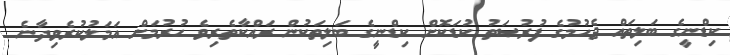
ކިޑްނީގެ ބަލިތައް ޖެހުމުގެ ފުރުޞަތު ކުޑަކޮށް ކިޑްނީގެ ބަލިތަކުން ރައްކާތެރިވެ ހުރުމަށް އަމަލުކުރެވިދާނެ